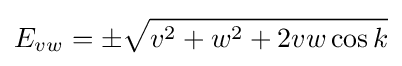
E_{vw}=\pm {\sqrt {v^{2}+w^{2}+2vw\cos k}}